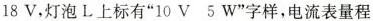
18V，灯泡L上标有”10V 5W”字样，电流表量程